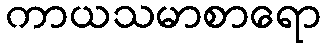
ကာယသမာစာရော